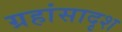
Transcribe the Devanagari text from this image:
ग्रहांसादृश